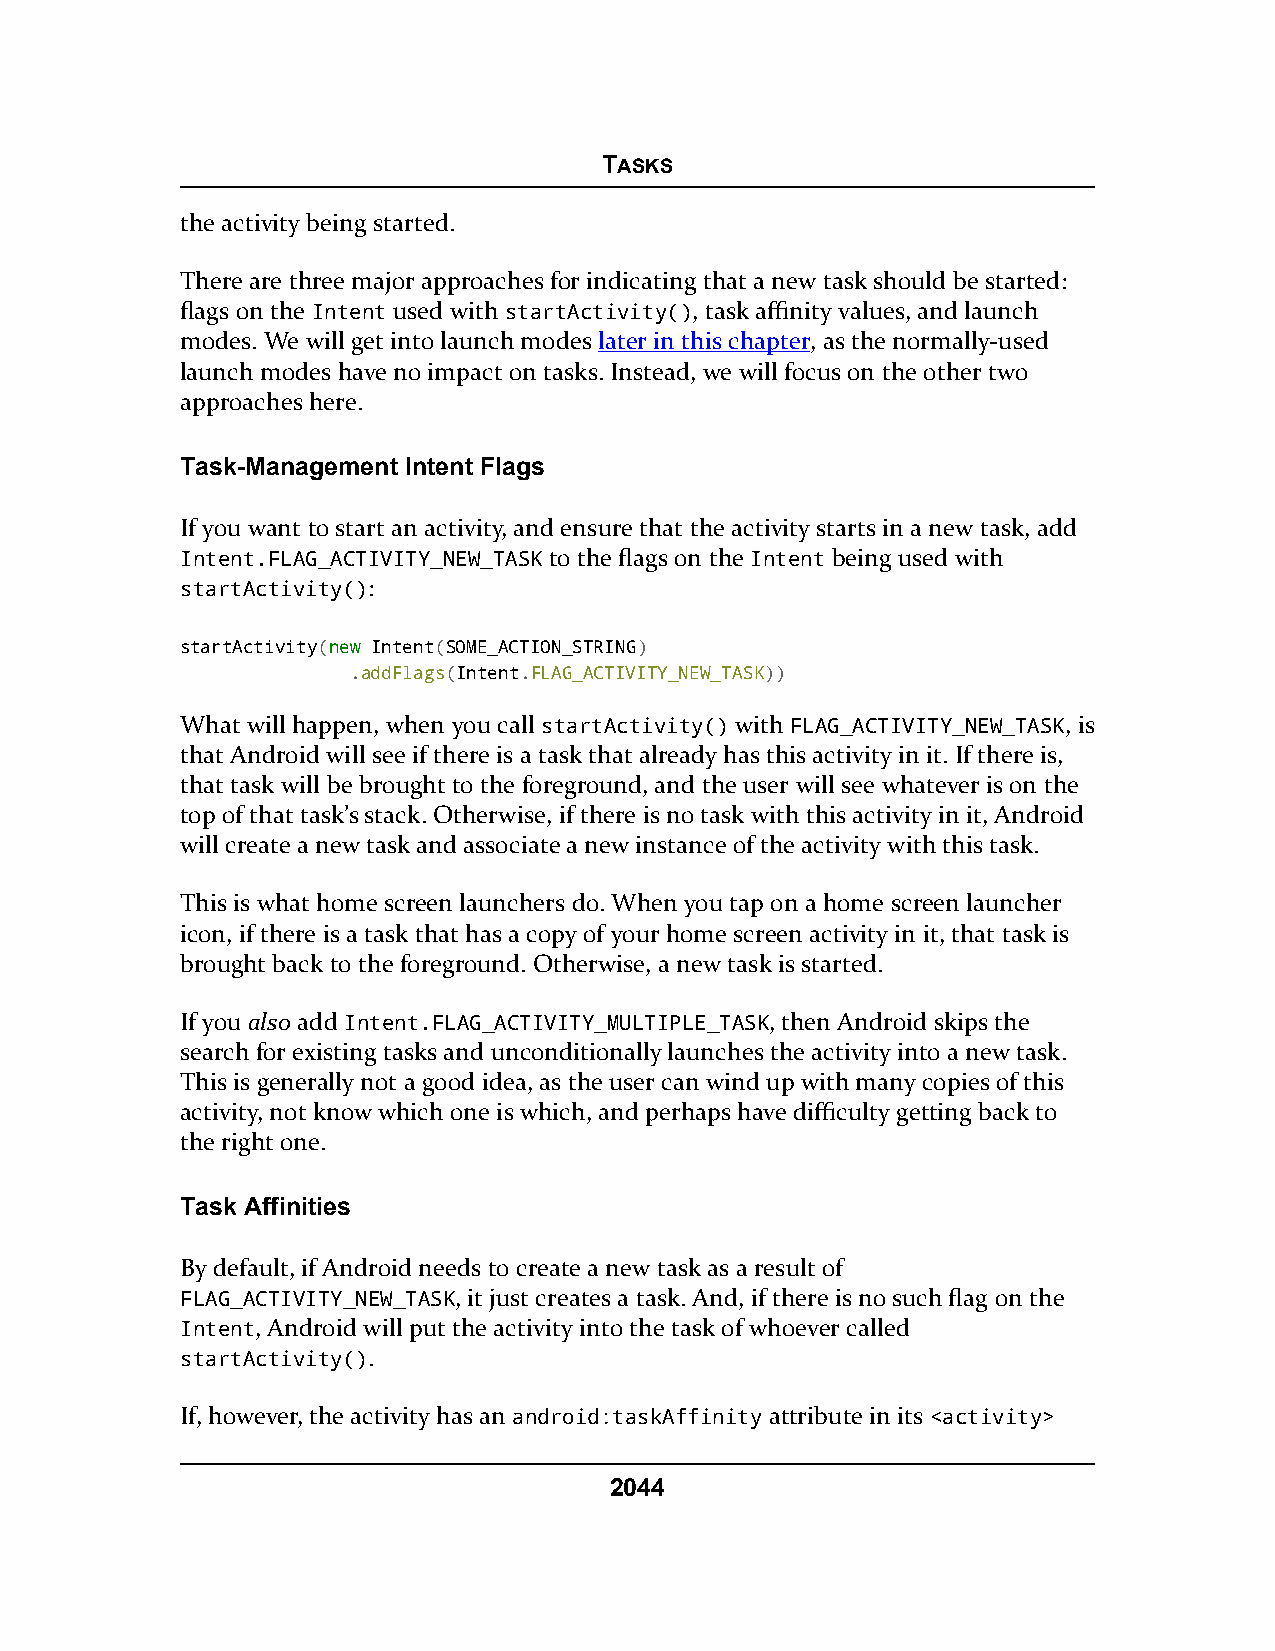
TASKS
 the activity being started.
 There are three major approaches for indicating that a new task should be started:
 flags on the Intent used with startActivity(), task affinity values, and launch
 modes. We will get into launch modes later in this chapter, as the normally-used
 launch modes have no impact on tasks. Instead, we will focus on the other two
 approaches here.
 Task-Management Intent Flags
 If you want to start an activity, and ensure that the activity starts in a new task, add
 Intent.FLAG_ACTIVITY_NEW_TASK to the flags on the Intent being used with
 startActivity():
 startActivity(nneeww Intent(SOME_ACTION_STRING)
 .addFlags(Intent.FLAG_ACTIVITY_NEW_TASK))
 What will happen, when you call startActivity() with FLAG_ACTIVITY_NEW_TASK, is
 that Android will see if there is a task that already has this activity in it. If there is,
 that task will be brought to the foreground, and the user will see whatever is on the
 top of that task’s stack. Otherwise, if there is no task with this activity in it, Android
 will create a new task and associate a new instance of the activity with this task.
 This is what home screen launchers do. When you tap on a home screen launcher
 icon, if there is a task that has a copy of your home screen activity in it, that task is
 brought back to the foreground. Otherwise, a new task is started.
 If you also add Intent.FLAG_ACTIVITY_MULTIPLE_TASK, then Android skips the
 search for existing tasks and unconditionally launches the activity into a new task.
 This is generally not a good idea, as the user can wind up with many copies of this
 activity, not know which one is which, and perhaps have difficulty getting back to
 the right one.
 Task Affinities
 By default, if Android needs to create a new task as a result of
 FLAG_ACTIVITY_NEW_TASK, it just creates a task. And, if there is no such flag on the
 Intent, Android will put the activity into the task of whoever called
 startActivity().
 If, however, the activity has an android:taskAffinity attribute in its <activity>
 2044